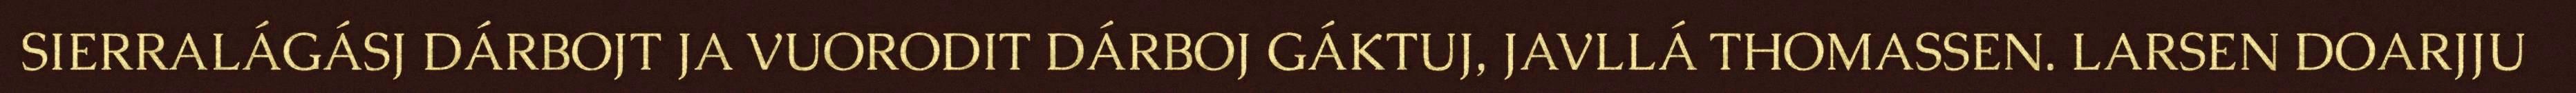
SIERRALÁGÁSJ DÁRBOJT JA VUORODIT DÁRBOJ GÁKTUJ, JAVLLÁ THOMASSEN. LARSEN DOARJJU